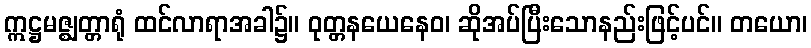
ဣဋ္ဌမဇ္ဈတ္တာရုံ ထင်လာရာအခါ၌။ ဝုတ္တနယေနေဝ၊ ဆိုအပ်ပြီးသောနည်းဖြင့်ပင်။ တယော၊